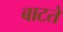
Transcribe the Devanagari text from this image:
बाटते